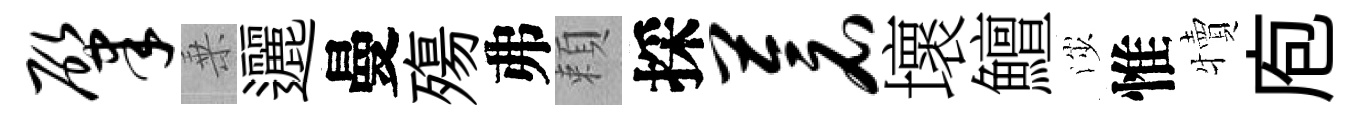
肇乗邐曼殤弗頼採苍壞鱣渉惟犢庖